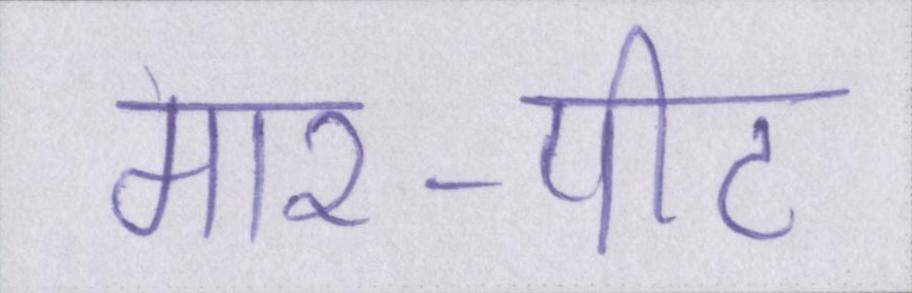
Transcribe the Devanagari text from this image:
मार-पीट